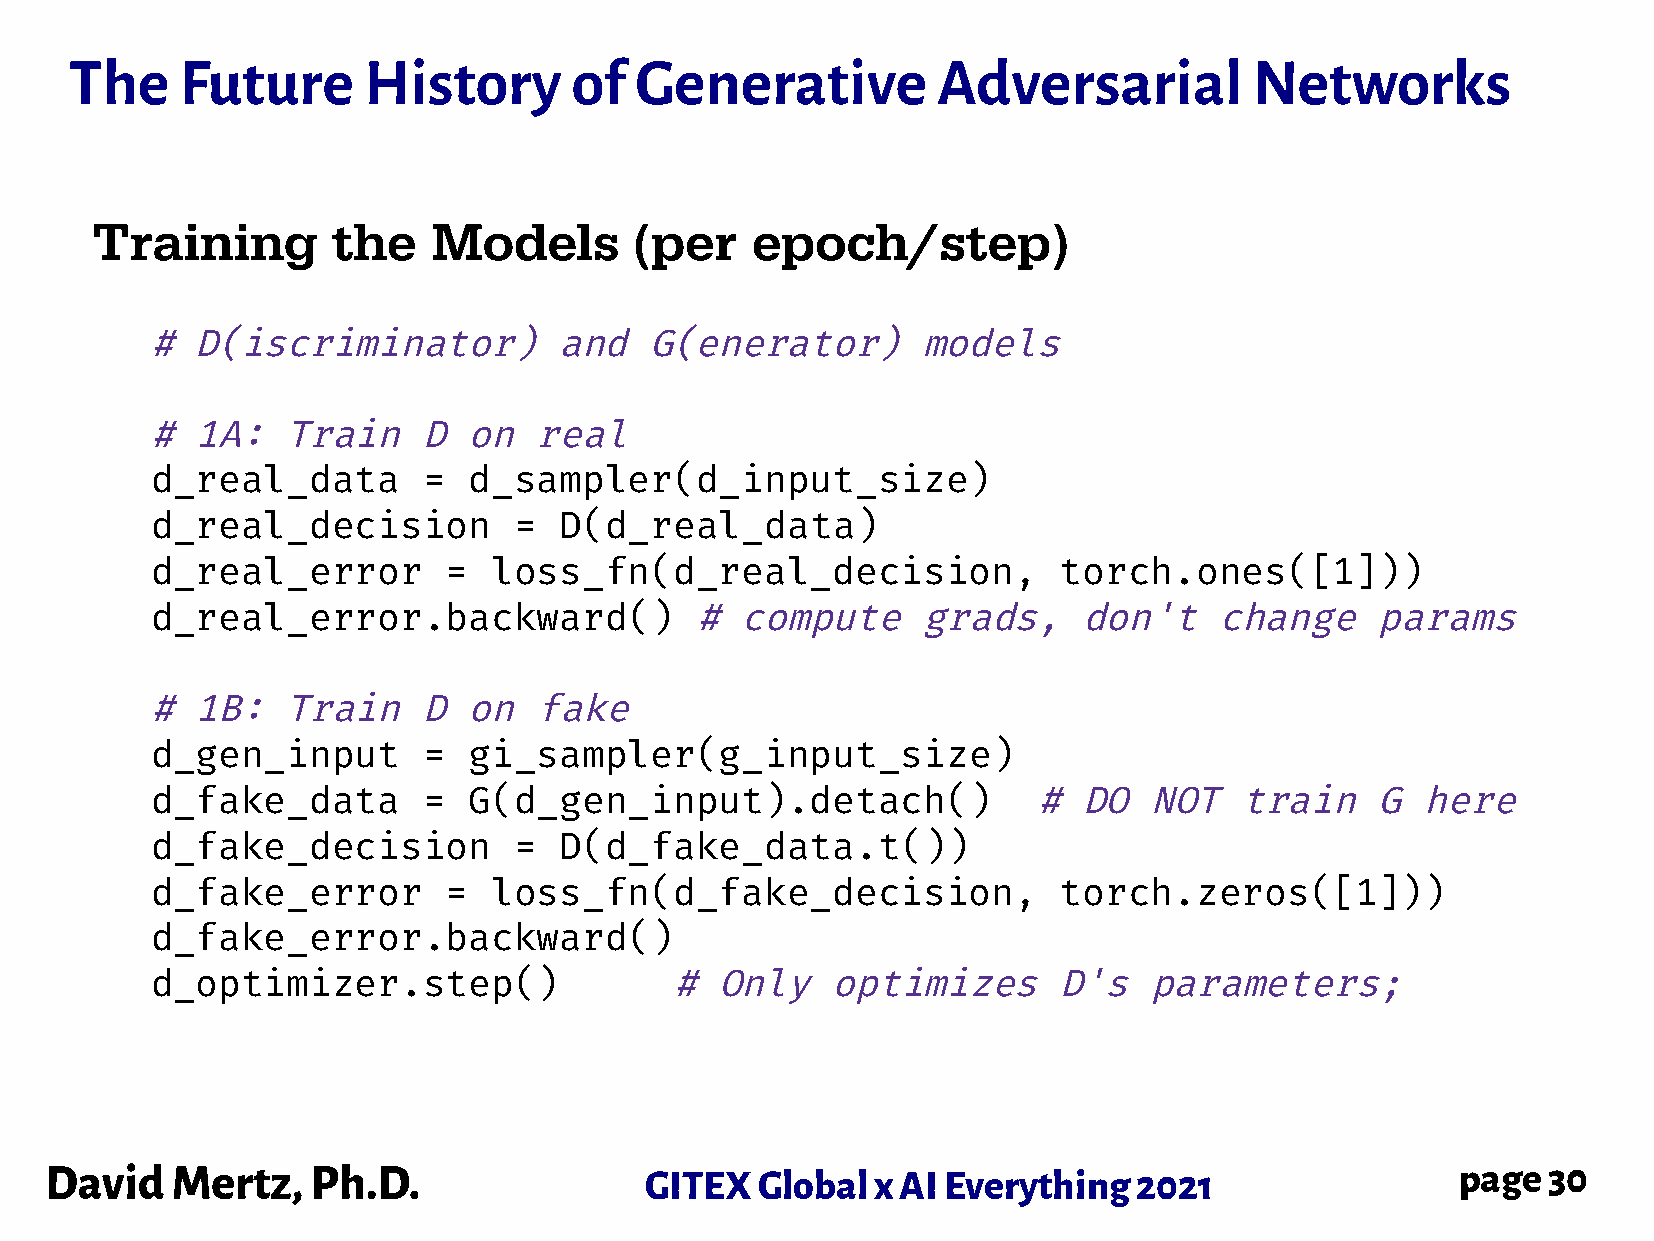
The    Future      History       of  Generative          Adversarial          Networks
 Training        the    Models       (per    epoch/step)
 #  D(iscriminator)         and   G(enerator)       models
 #  1A:   Train    D  on  real
 d_real_data       =  d_sampler(d_input_size)
 d_real_decision         =  D(d_real_data)
 d_real_error        =  loss_fn(d_real_decision,             torch.ones([1]))
 d_real_error.backward()             #  compute     grads,     don't    change    params
 #  1B:   Train    D  on  fake
 d_gen_input       =  gi_sampler(g_input_size)
 d_fake_data       =  G(d_gen_input).detach()               #  DO  NOT   train    G  here
 d_fake_decision         =  D(d_fake_data.t())
 d_fake_error        =  loss_fn(d_fake_decision,             torch.zeros([1]))
 d_fake_error.backward()
 d_optimizer.step()                #  Only    optimizes      D's   parameters;
 David   Mertz,    Ph.D.                 GITEX  Global  x AI Everything  2021                  page 30